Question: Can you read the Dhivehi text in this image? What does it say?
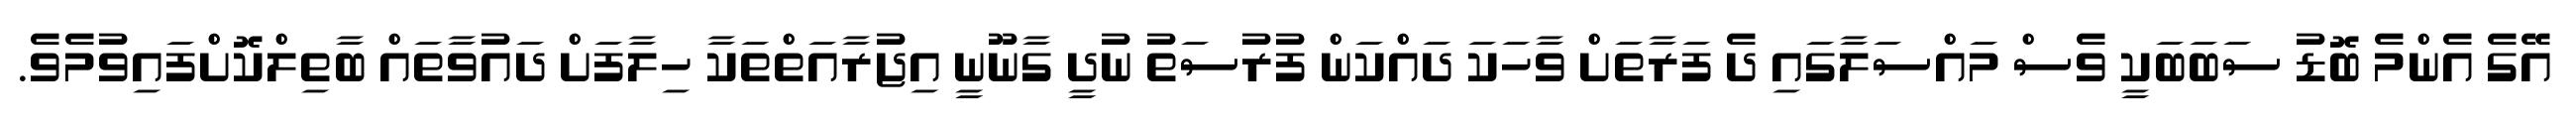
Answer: އޭގެ އެންމެ ބޮޑު ސަބަބަކީ ވެސް މައްސަލާގައި ދެ ފަރާތަށް ވާހަކަ ދައްކަން ފުރުސަތު ނުދީ ގާނޫނީ އިޖުރާއަތްތަކާ ހިލާފަށް ދައުވާތައް ބާތިލްކޮށްފައިވުމެވެ.